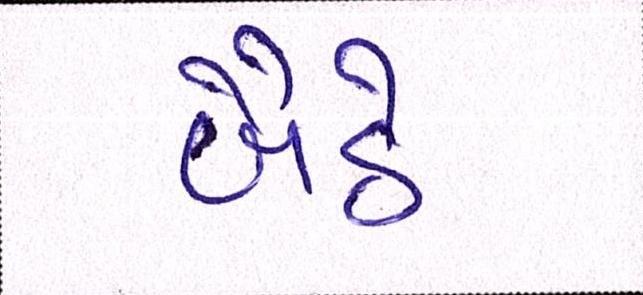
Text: બૈઠે